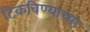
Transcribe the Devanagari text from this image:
टिकविण्याच्या